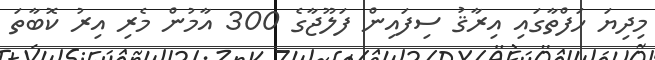
މިދިޔަ ހަފްތާގައި އިރާޤު ސިފައިން ފަލޫޖާގެ 300 އާމުން މެރި އިރު ކޮބާތަ